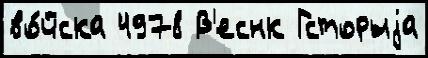
во́йска 4978 В'еснк Гсторыjа